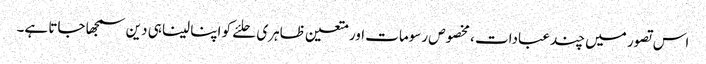
اس تصور میں چند عبادات ، مخصوص رسومات اور متعین ظاہری حلئے کو اپنا لینا ہی دین سمجھا جاتا ہے۔